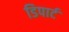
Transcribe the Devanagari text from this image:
डिपार्ट